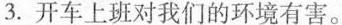
3.开车上班对我们的环境有害。